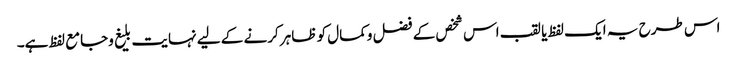
اس طرح یہ ایک لفظ یا لقب اس شخص کے فضل وکمال کو ظاہر کرنے کے لیے نہایت بلیغ وجامع لفظ ہے۔